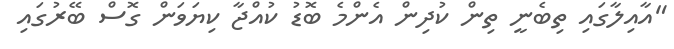
"އާއިލާގައި ތިބެނީ ތިން ކުދިން އެންމެ ބޮޑު ކުއްޖާ ކިޔަވަން ގޮސް ބޭރުގައި